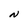
Character: N